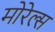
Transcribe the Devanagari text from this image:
मोरेल्स